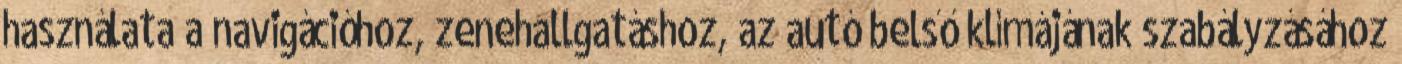
használata a navigációhoz, zenehallgatáshoz, az autó belső klímájának szabályzásához